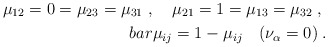
\begin{align*}\mu_{12} =0= \mu_{23} = \mu_{31}\ , \quad \mu_{21} = 1= \mu_{13}=\mu_{32} \; ,\ \\bar \mu_{ij} =1-\mu_{ij} \quad (\nu_\alpha =0) \; .\end{align*}